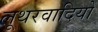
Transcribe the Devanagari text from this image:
लूथरवादियों